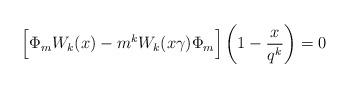
LaTeX: \begin{align*}\Big[ \Phi_m W_k(x) - m^k W_k(x\gamma) \Phi_m \Big] \left(1- \frac x{q^k} \right) = 0\end{align*}